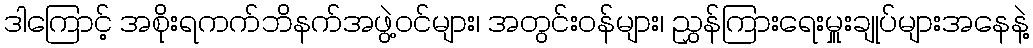
ဒါကြောင့် အစိုးရကက်ဘိနက်အဖွဲ့ဝင်များ၊ အတွင်းဝန်များ၊ ညွှန်ကြားရေးမှူးချုပ်များအနေနဲ့